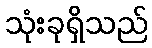
သုံးခုရှိသည်